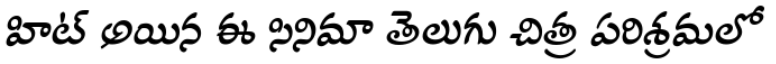
హిట్ అయిన ఈ సినిమా తెలుగు చిత్ర పరిశ్రమలో